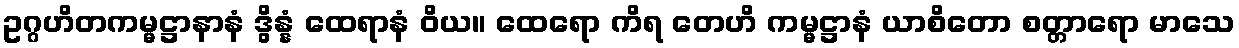
ဥဂ္ဂဟိတကမ္မဋ္ဌာနာနံ ဒွိန္နံ ထေရာနံ ဝိယ။ ထေရော ကိရ တေဟိ ကမ္မဋ္ဌာနံ ယာစိတော စတ္တာရော မာသေ